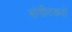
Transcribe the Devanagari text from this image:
संगीतकरों